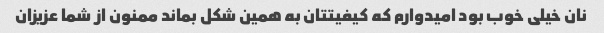
نان خیلی خوب بود امیدوارم که کیفیتتان به همین شکل بماند ممنون از شما عزیزان